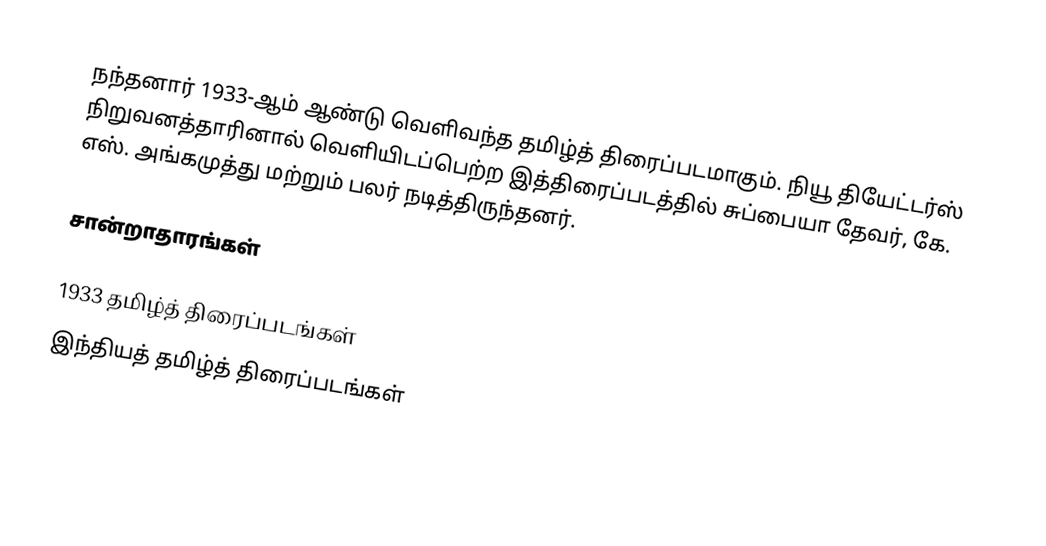
நந்தனார் 1933-ஆம் ஆண்டு வெளிவந்த தமிழ்த் திரைப்படமாகும். நியூ தியேட்டர்ஸ் நிறுவனத்தாரினால் வெளியிடப்பெற்ற இத்திரைப்படத்தில் சுப்பையா தேவர், கே. எஸ். அங்கமுத்து மற்றும் பலர் நடித்திருந்தனர்.

சான்றாதாரங்கள்

1933 தமிழ்த் திரைப்படங்கள்
இந்தியத் தமிழ்த் திரைப்படங்கள்